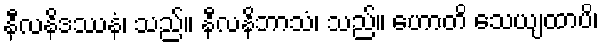
နီလနိဒဿနံ၊ သည်။ နီလနိဘာသံ၊ သည်။ ဟောတိ သေယျထာပိ၊